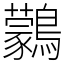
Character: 鸏